Leaving Certificate Examination (including Day School Certificate (Higher) General paper), 1930
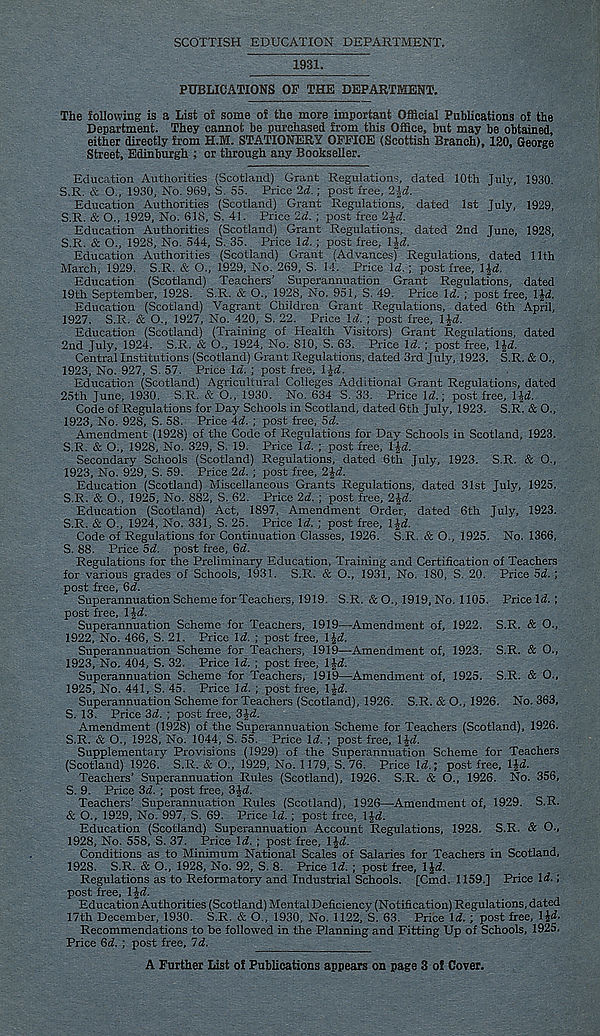
SCOTTISH EDUCATION DEPARTMENT.
1931.
PUBLICATIONS OF THE DEPARTMENT.
The following is a List of some of the more important Official Publications of the
Department. They cannot be purchased from this Office, but may be obtained,
either directly from H.M. STATIONERY OFFICE (Scottish Branch), 130, George
Street, Edinburgh ; or through any Bookseller.
Education Authorities (Scotland) Grant Regulations, dated 10th July, 1930.
S.R. & O., 1930, No. 969, S. 55. Price 2d.; post free, 2|d.
Education Authorities (Scotland) Grant Regulations, dated 1st July, 1929,
S.R. & O., 1929, No. 618, S. 41. Price 2d. ; post free 2£(f.
Education Authorities (Scotland) Grant Regulations, dated 2nd June, 1928,
S.R. & O., 1928, No. 544, S. 35. Price Id. ; post free, lid.
Education Authorities (Scotland) Grant (Advances) Regulations, dated 11th
March, 1929. S.R. & O., 1929, No. 269, S. 14. Price Id. ; post free, Ijd.
Education (Scotland) Teachers' Superannuation Grant Regulations, dated
19th September, 1928. S.R. & O., 1928, No. 951, S. 49. Price Id. ; post free, IJi.
Education (Scotland) Vagrant Children Grant Regulations, dated 6th April,
1927. S.R. & O., 1927, No. 420, S. 22. Price Id. ; post free, lid.
Education (Scotland) (Training of Health Visitors) Grant Regulations, dated
2nd July, 1924. S.R. & O., 1924, No. 810, S. 63. Price Id. ; post free, 1 Jd.
Central Institutions (Scotland) Grant Regulations, dated 3rd July, 1923. S.R. & O.,
1923, No. 927, S. 57. Price Id. ; post free, lj<f.
Education (Scotland) Agricultural Colleges Additional Grant Regulations, dated
25th June, 1930. S.R. & O., 1930. No. 634 S. 33. Price Id.; post free, 1 id.
Code of Regulations for Day Schools in Scotland, dated 6th Jufy, 1923. S.R. & O.,
1923, No. 928, S. 58. Price 4d. ; post free, 5d.
Amendment (1928) of the Code of Regulations for Day Schools in Scotland, 1923.
S.R. & O., 1928, No. 329, S. 19. Price Id. ; post free, lid.
Secondary Schools (Scotland) Regulations, dated 6th July, 1923. S.R. & O.,
1923, No. 929, S. 59. Price 2d. ; post free, 2J<f.
Education (Scotland) Miscellaneous Grants Regulations, dated 31st July, 1925.
S.R. & O., 1925, No. 882, S. 62. Price 2d. ; post free, 2£<f.
Education (Scotland) Act, 1897, Amendment Order, dated 6th July, 1923.
S.R. & O., 1924, No. 331, S. 25. Price Id. ; post free, lid.
Code of Regulations for Continuation Classes, 1926. S.R. & O., 1925. No. 1366,
S. 88. Price 5d. post free, 6d.
Regulations for the Preliminary Education, Training and Certification of Teachers
for various grades of Schools, 1931. S.R. & O., 1931, No. ISO, S. 20. Price 5d. ;
post free, 6d.
Superannuation SchemeforTeachers, 1919. S.R. & O., 1919, No. 1105. Price Id. ;
post free, l£d.
Superannuation Scheme for Teachers, 1919—Amendment of, 1922. S.R. & O.,
1922, No. 466, S. 21. Price Id. ; post free, lid.
Superannuation Scheme for Teachers, 1919—Amendment of, 1923. S.R. & O.,
1923, No. 404, S. 32. Price Id. ; post free, IJd.
Superannuation Scheme for Teachers, 1919—Amendment of, 1925. S.R. & O.,
1925, No. 441, S. 45. Price Id. ; post free, lid.
Superannuation Scheme for Teachers (Scotland), 1926. S.R. & O., 1926. No. 363,
S. 13. Price 3d. ; post free, 3Jd.
Amendment (1928) of the Superannuation Scheme for Teachers (Scotland), 1926.
S.R. & O., 1928, No. 1044, S. 55. Price Id. ; post free, lid.
Supplementary Provisions (1929) of the Superannuation Scheme for Teachers
(Scotland) 1926. S.R. & O., 1929, No. 1179, S. 76. Price Id.; post free, IJd.
Teachers’ Superannuation Rules (Scotland), 1926. S.R. & O., 1926. No. 356,
S. 9. Price 3d. ; post free, 3Jd.
Teachers’ Superannuation Rules (Scotland), 1926—Amendment of, 1929. S.R.
& O., 1929, No. 997, S. 69. Price Id. ; post free, IJd.
Education (Scotland) Superannuation Account Regulations, 1928. S.R. & O.,
1928, No. 558, S. 37. Price Id. ; post free, IJd.
Conditions as to Minimum National Scales of Salaries for Teachers in Scotland,
1928. S.R. & O., 1928, No. 92, S. 8. Price Id. ; post free, IJd.
Regulations as to Reformatory and Industrial Schools. [Cmd. 1159.] Price Id.;
post free, IJd.
Education Authorities (Scotland) Mental Deficiency (Notification) Regulations, dated
17th December, 1930. S.R. & O., 1930, No. 1122, S. 63. Price Id. ; post free, l£d.
Recommendations to be followed in the Planning and Fitting Up of Schools, 1925.
Price 6d. ; post free, 7d.
A Further List of Publications appears on page 3 of Cover.